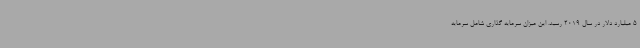
5 میلیارد دلار در سال 2019 رسید. این میزان سرمایه گذاری شامل سرمایه